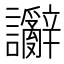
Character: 𫍗